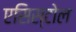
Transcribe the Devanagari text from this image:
एसिस्टोल